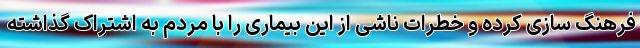
فرهنگ سازی کرده و خطرات ناشی از این بیماری را با مردم به اشتراک گذاشته